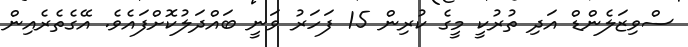
ސްވިޒަލެންޑް އަދި ތުރުކީ މީގެ ކުރިން 15 ފަހަރު ވަނީ ބައްދަލުކޮށްފައެވެ. އޭގެތެރެއިން